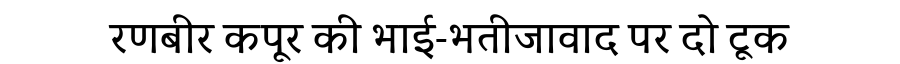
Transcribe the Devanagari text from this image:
रणबीर कपूर की भाई-भतीजावाद पर दो टूक